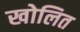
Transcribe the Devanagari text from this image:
खोलित